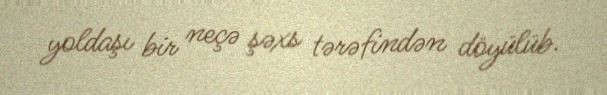
yoldaşı bir neçə şəxs tərəfindən döyülüb.